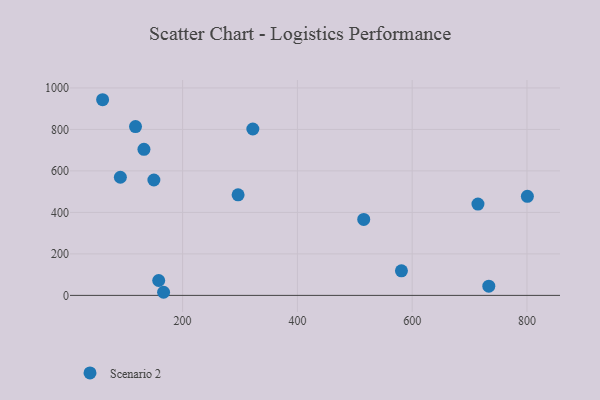
{"axis": {"x": "Ad Spend", "y": "Rating"}, "legend": ["Scenario 2"], "data": [{"x": "714.6", "y": 440.1, "type": "Scenario 2"}, {"x": "166.9", "y": 15.0, "type": "Scenario 2"}, {"x": "515.6", "y": 366.3, "type": "Scenario 2"}, {"x": "150.0", "y": 556.2, "type": "Scenario 2"}, {"x": "296.7", "y": 485.0, "type": "Scenario 2"}, {"x": "322.4", "y": 802.0, "type": "Scenario 2"}, {"x": "132.7", "y": 703.9, "type": "Scenario 2"}, {"x": "158.4", "y": 71.7, "type": "Scenario 2"}, {"x": "733.5", "y": 44.4, "type": "Scenario 2"}, {"x": "581.3", "y": 118.5, "type": "Scenario 2"}, {"x": "91.6", "y": 569.5, "type": "Scenario 2"}, {"x": "118.0", "y": 813.7, "type": "Scenario 2"}, {"x": "800.7", "y": 477.6, "type": "Scenario 2"}, {"x": "60.7", "y": 943.2, "type": "Scenario 2"}]}